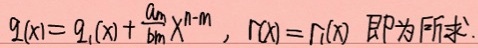
\(q(x)=q_{1}(x)+\frac{a_{m}}{b_{m}}x^{n - m}\)，\(r(x)=r_{1}(x)\) 即为所求.